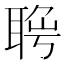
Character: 𦖄